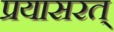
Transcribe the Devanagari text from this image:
प्रयासरत्